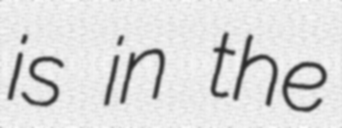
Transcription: is in the